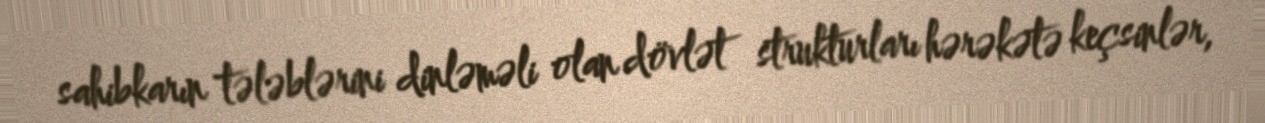
sahibkarın tələblərini dinləməli olan dövlət strukturları hərəkətə keçsinlər,